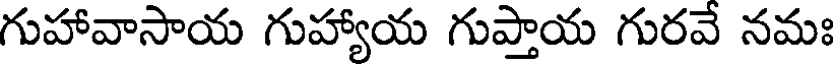
గుహావాసాయ గుహ్యాయ గుప్తాయ గురవే నమః